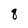
Character: q